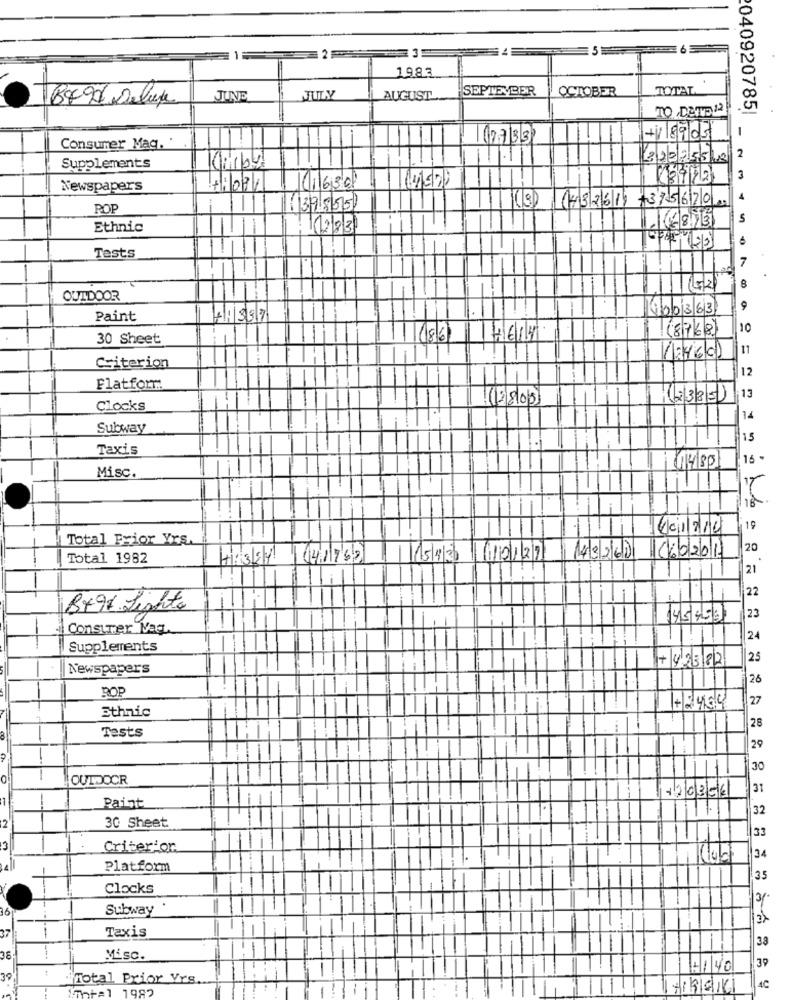
5
2
1983
SEPTEMBER
OCTOBER
TOTAL
8X90 Deluxe
JUNE
AUGUST
TO DETVD. 12
040920785|
-
(27/33
+18903
Consumer Mag.
2
22025518
Supplements
3
Newspapers
71034
(16308
(9) 1432611 -375620
4
POP
(39855
S
Ethnic
12/8/3
n
Tests
7
8
OUTDOOR
400363
Paint
+13317
(8768)
10
30 Sheet
186
11
1246/01
Criterion
12
non ooo = M
Flatform:
(2335)
13
Clocks
14
Subway
15
Taxis
16
114/80
Misc.
16
-
40i224
19
Total Frior Yrs
20
Total 1982
15/4/30
10/219
43260
666/201
21
22
Bx96 Lighto
145453
23
Consumer Vag.
24
Supplements
+42382
25
Newspapers
26
ROP
27
Ethnic
+2454
Tests
28
29
OUTDOCR
31
Paint
120356
30 Sheet
33
3
Criterior
34
Platform
35
Clocks
3/
36
Subway
37
Taxis
38
38
Misc.
4140
39
Total Prior Yrs.
Tot=1 1982
4C